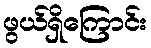
ဖွယ်ရှိကြောင်း